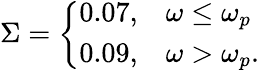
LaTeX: \Sigma=\left\{ \begin{array}{ll}{0.07,}&{\omega\leq\omega_{p}}\\ {0.09,}&{\omega>\omega_{p}.}\end{array}\right.